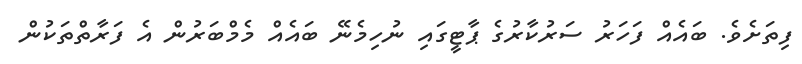
ފިތަށެވެ. ބައެއް ފަހަރު ސަރުކާރުގެ ޕާޓީގައި ނުހިމެނޭ ބައެއް މެމްބަރުން އެ ފަރާތްތަކުން